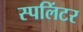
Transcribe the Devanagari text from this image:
स्पलिंटर